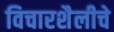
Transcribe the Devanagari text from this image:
विचारशैलीचे